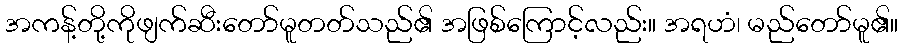
အကန့်တို့ကိုဖျက်ဆီးတော်မူတတ်သည်၏ အဖြစ်ကြောင့်လည်း။ အရဟံ၊ မည်တော်မူ၏။